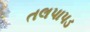
તલપાપડ